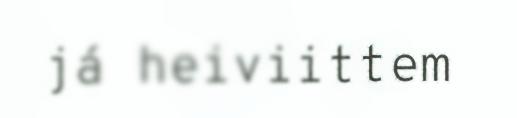
já heiviittem